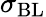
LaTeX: \sigma_{\mathrm{BL}}